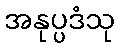
အနုပ္ပဒံသု